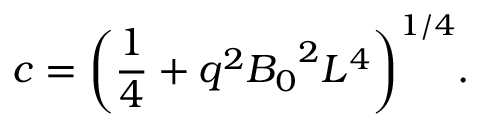
c = { \left( { \frac { 1 } { 4 } } + q ^ { 2 } { B _ { 0 } } ^ { 2 } L ^ { 4 } \right) } ^ { 1 / 4 } .